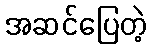
အဆင်ပြေတဲ့